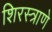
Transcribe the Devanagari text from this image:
शिरस्त्राणे